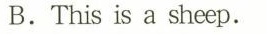
B.This is a sheep.